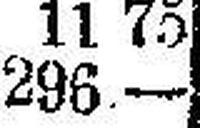
296.—